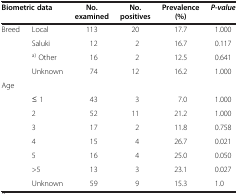
<table><thead><tr><td colspan="2"><b>Biometric data</b></td><td><b>No. examined</b></td><td><b>No. positives</b></td><td><b>Prevalence (%)</b></td><td><b><i>P-value</i></b></td></tr></thead><tbody><tr><td>Breed</td><td>Local</td><td>113</td><td>20</td><td>17.7</td><td>1.000</td></tr><tr><td> </td><td>Saluki</td><td>12</td><td>2</td><td>16.7</td><td>0.117</td></tr><tr><td> </td><td><sup>a)</sup> Other</td><td>16</td><td>2</td><td>12.5</td><td>0.641</td></tr><tr><td> </td><td>Unknown</td><td>74</td><td>12</td><td>16.2</td><td>1.000</td></tr><tr><td>Age</td><td> </td><td> </td><td> </td><td> </td><td> </td></tr><tr><td> </td><td>≤ 1</td><td>43</td><td>3</td><td>7.0</td><td>1.000</td></tr><tr><td> </td><td>2</td><td>52</td><td>11</td><td>21.2</td><td>1.000</td></tr><tr><td> </td><td>3</td><td>17</td><td>2</td><td>11.8</td><td>0.758</td></tr><tr><td> </td><td>4</td><td>15</td><td>4</td><td>26.7</td><td>0.021</td></tr><tr><td> </td><td>5</td><td>16</td><td>4</td><td>25.0</td><td>0.050</td></tr><tr><td> </td><td>&gt;5</td><td>13</td><td>3</td><td>23.1</td><td>0.027</td></tr><tr><td> </td><td>Unknown</td><td>59</td><td>9</td><td>15.3</td><td>1.0</td></tr></tbody></table>